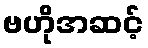
ဗဟိုအဆင့်